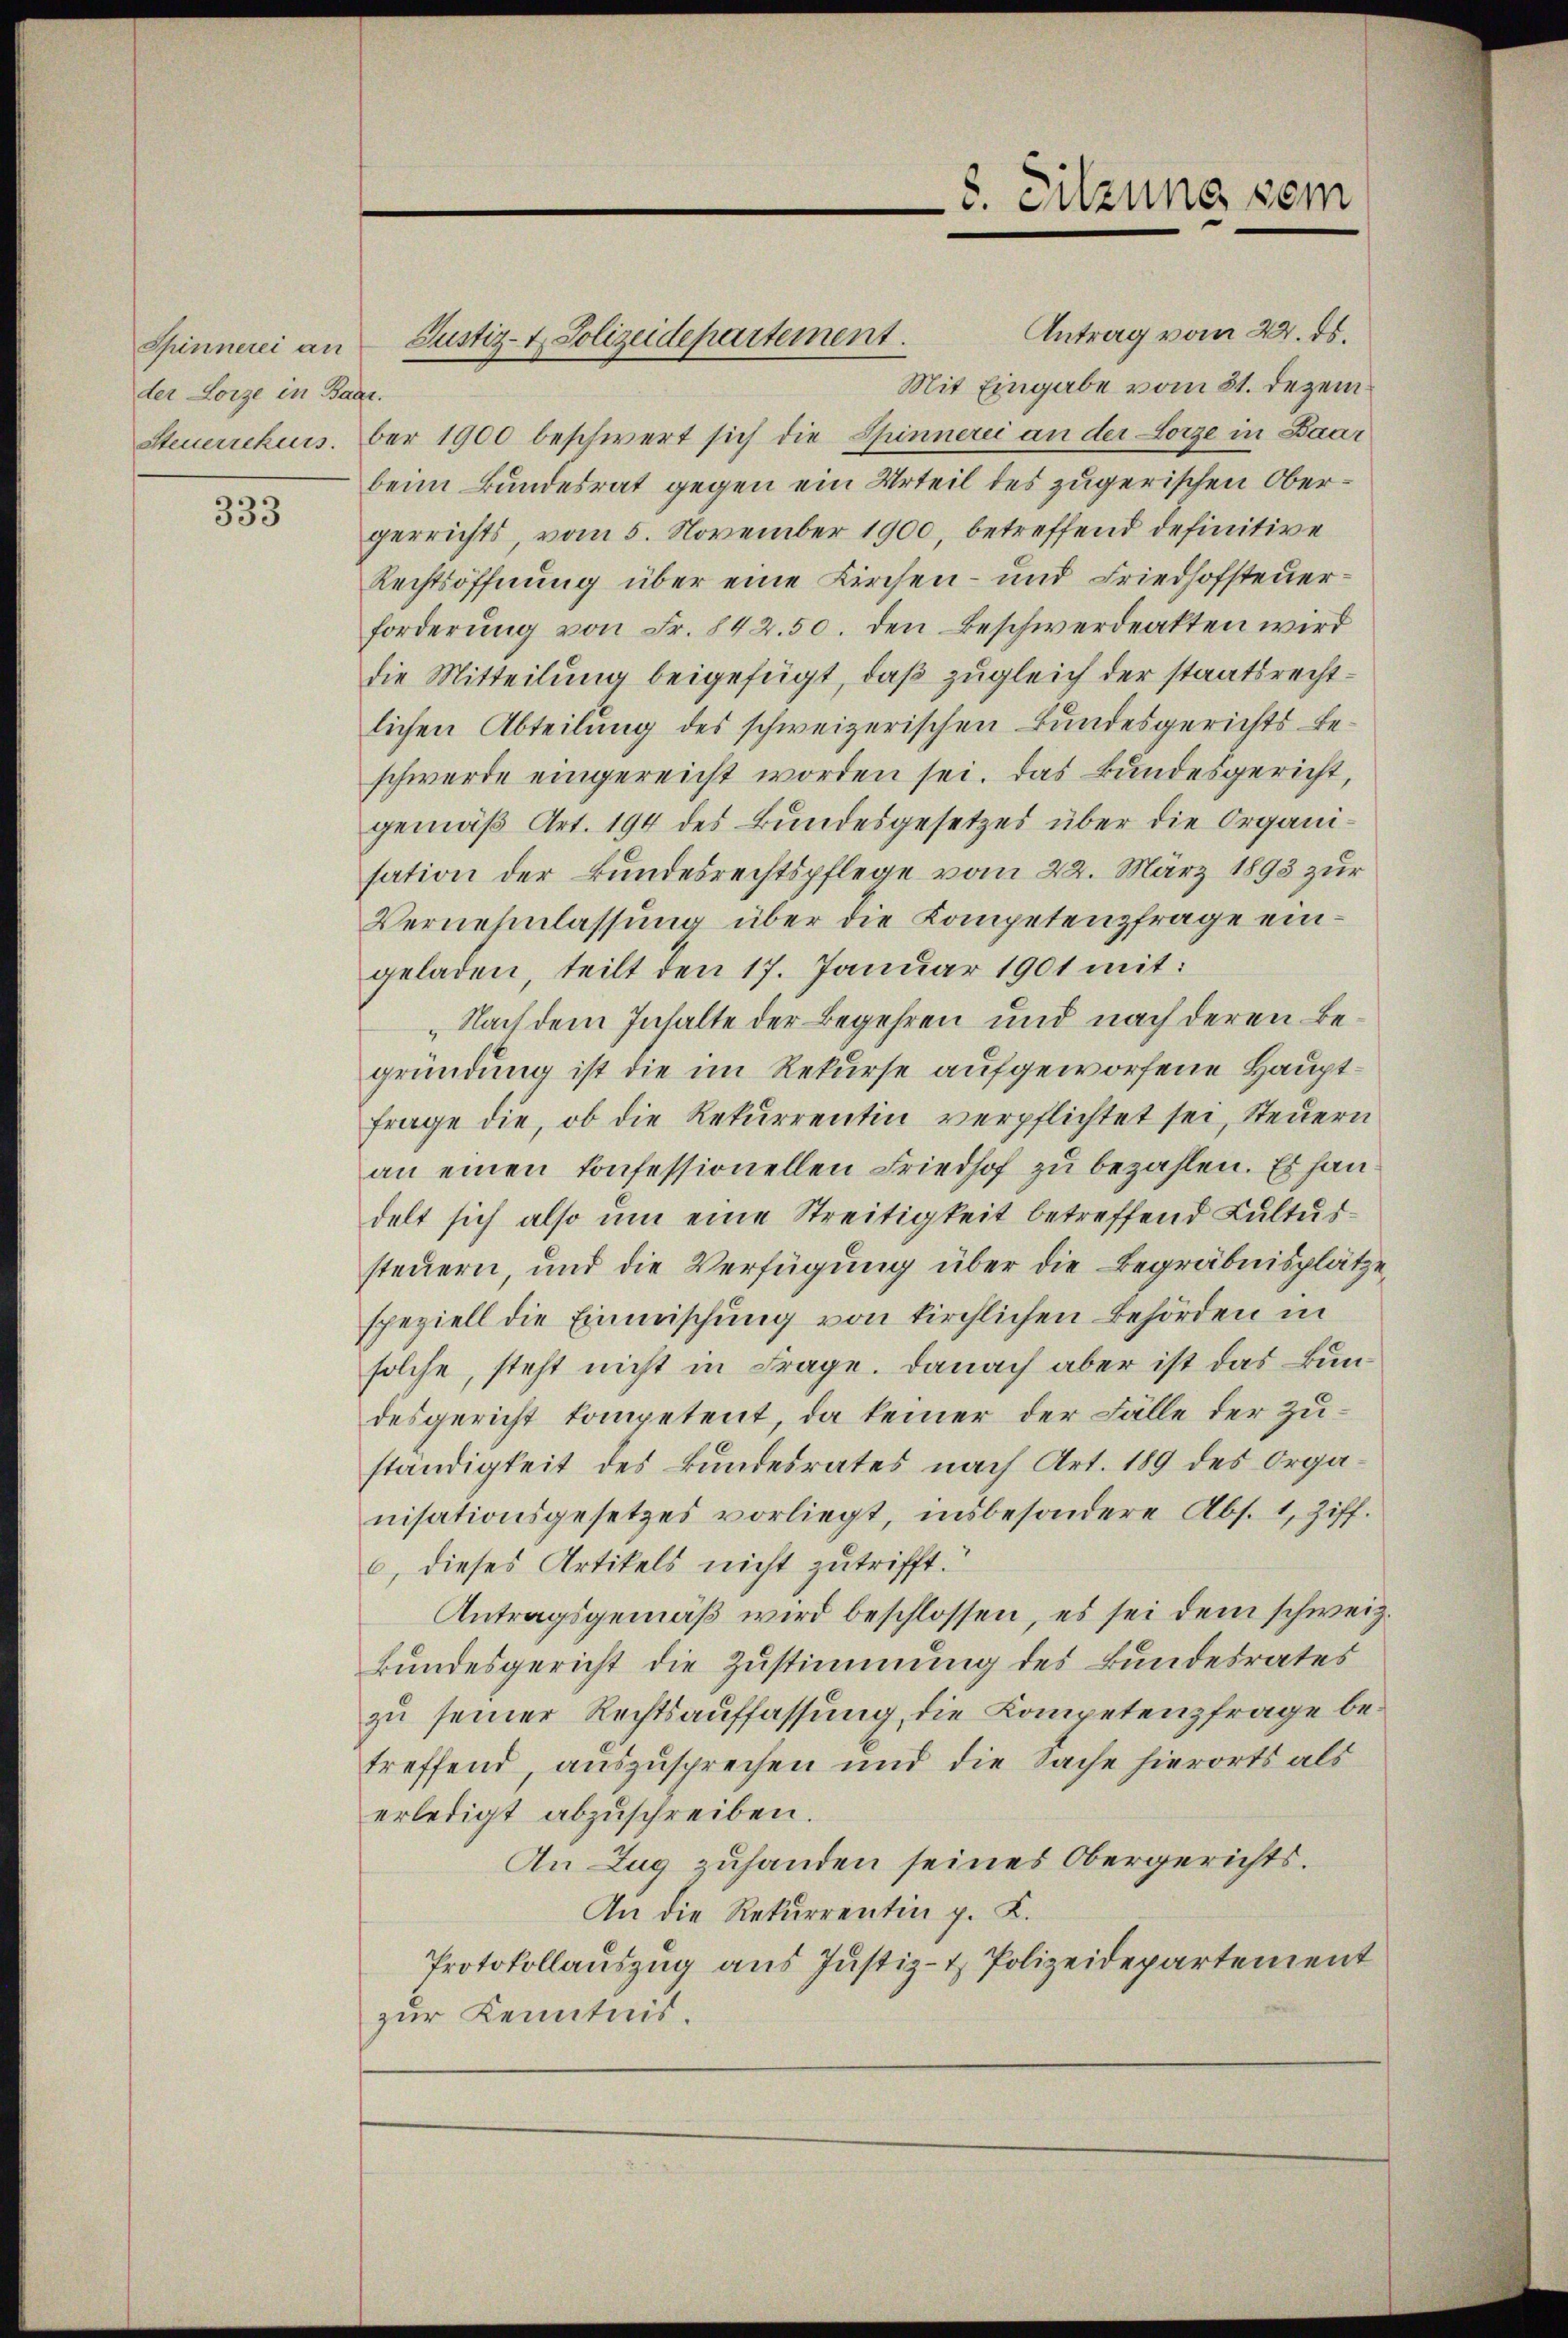
der Lorze in Baar.

333

Spinnerei an Justiz- & Polizeidepartement.

8. Sitzung sein

Antrag vom 22. ds.
Mit Eingabe vom 31. Dezem¬
Steuerrekursber 1900 beschwert sich die Spinnerei an der Lorze in Baar
beim Bundesrat gegen ein Urteil des zugerischen Obergerrichts, vom 5. November 1900, betreffend definitive
Rechtsöffnung über eine Kirchen- und Friedhofsteuerforderŭng von Fr. 842.50. den Beschwerdenkten wird
die Mitteilung beigefügt, daß zugleich der staatsrechtlichen Abteilung des schweizerischen Bundesgerichts beschwerde eingereicht worden sei. Das kundesgericht,
gemäß Art. 194 des Bundesgesetzes über die Organisation der Bundesrechtspflege vom 22. März 1893 zur
Vernehmlassung über die Kompetenzfrage eingeladen, teilt den 17. Januar 1901 mit:
Nach dem Inhalte der Begehren und nach deren Begründung ist die im Rekurse aufgeworfene Hauptfrage die, ob die Rekurrentin verpflichtet sei, Steuern
an einen konfessionellen Friedhof zu bezahlen. Es handelt sich also um eine Streitigkeit betreffend Kultussteuern, und die Verfügung über die Begräbnisplätze,
speziell die Einmischung von kirchlichen Behörden in
solche, steht nicht in Frage. Danach aber ist das Bundesgericht kompetent, da keiner der Fälle der Zuständigkeit des Bundesrates nach Art. 189 des Organisationsgesetzes vorliegt, insbesondere Abs. 1, Ziff.
6, dieses Artikels nicht zutrifft.
Antragsgemäß wird beschlossen, es sei dem schweiz.
kundesgericht die Zustimmung des Bundesrates
zu seiner Rechtsauffassung, die Kompetenzfrage betreffend, auszusprechen und die Sache hierorts als
erledigt abzuschreiben.
An Zug zuhanden seines Obergerichts.
An die Rekurrentin z. K.
Protokollauszug aus Justiz- & Polizeidepartement
zur Kenntnis.